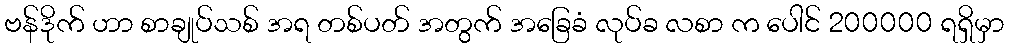
ဗန်ဒိုက် ဟာ စာချုပ်သစ် အရ တစ်ပတ် အတွက် အခြေခံ လုပ်ခ လစာ က ပေါင် 200000 ရရှိမှာ